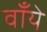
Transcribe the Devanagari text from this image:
वाँये